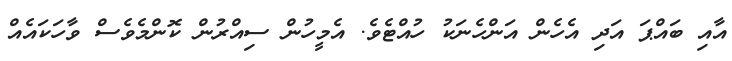
އާއި ބައްޕަ އަދި އެހެން އަންހެނަކު ހުއްޓެވެ. އެމީހުން ސިއްރުން ކޮންމެވެސް ވާހަކައެއް